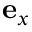
\mathbf { e } _ { x }